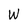
Character: W